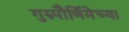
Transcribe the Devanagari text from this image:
गुरुपौर्णिमेच्या